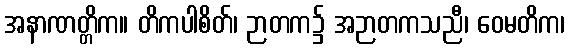
အနာဏတ္တိက။ တိကပါစိတ်၊ ဉာတက၌ အဉာတကသညီ၊ ဝေမတိက၊